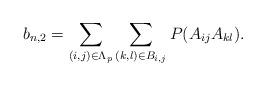
LaTeX: \begin{align*}b_{n,2} = \sum_{(i, j)\in\Lambda_p} \sum_{(k, l)\in B_{i, j}} P ( A_{ij}A_{kl} ).\end{align*}